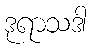
ဒုရာသဒါ